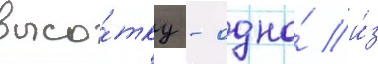
высо́тку - одно́ и́з